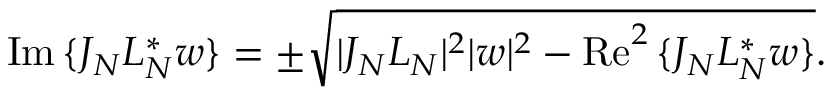
\begin{array} { r } { \operatorname { I m } { \{ J _ { N } L _ { N } ^ { * } w \} } = \pm \sqrt { | J _ { N } L _ { N } | ^ { 2 } | w | ^ { 2 } - \operatorname { R e } ^ { 2 } { \{ J _ { N } L _ { N } ^ { * } w \} } } . } \end{array}